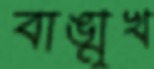
বাঙ্মুখ